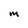
Character: m